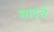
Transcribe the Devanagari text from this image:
सादचे